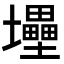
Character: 𡔁